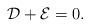
LaTeX: \begin{align*}\mathcal{D}+\mathcal{E}=0.\end{align*}